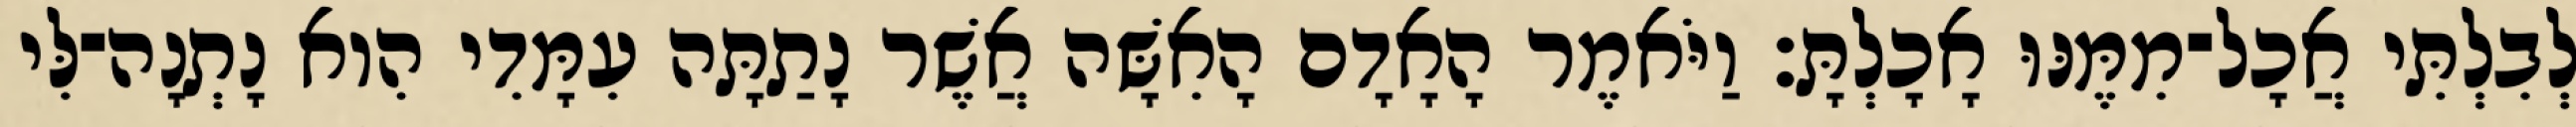
לְבִלְתִּי אֲכָל־מִמֶּנּוּ אָכָלְתָּ׃ וַיֹּאמֶר הָאָדָם הָאִשָּׁה אֲשֶׁר נָתַתָּה עִמָּדִי הִוא נָתְנָה־לִּי